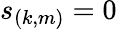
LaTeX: s_{(k,m)}=0